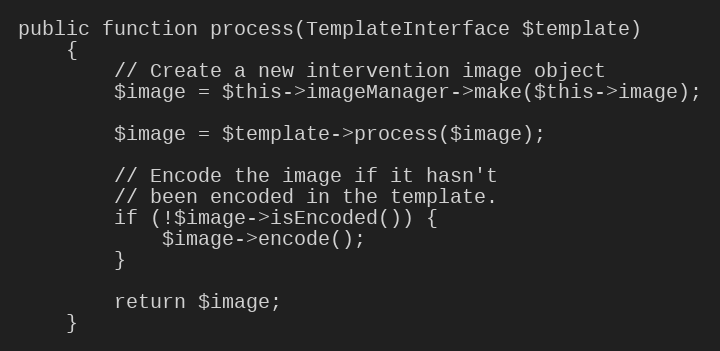
Language: PHP
public function process(TemplateInterface $template)
    {
        // Create a new intervention image object
        $image = $this->imageManager->make($this->image);

        $image = $template->process($image);

        // Encode the image if it hasn't
        // been encoded in the template.
        if (!$image->isEncoded()) {
            $image->encode();
        }

        return $image;
    }